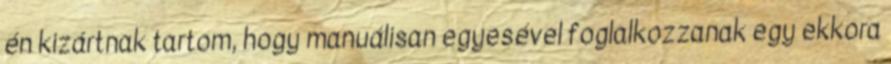
én kizártnak tartom, hogy manuálisan egyesével foglalkozzanak egy ekkora